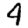
Digit: 4